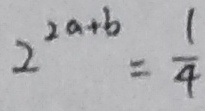
2 ^ { 2 a + b } = \frac { 1 } { 4 }